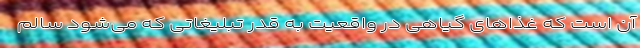
آن است که غذا‌های گیاهی در واقعیت به قدر تبلیغاتی که می‌شود سالم